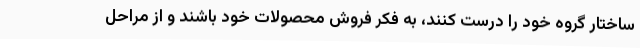
ساختار گروه خود را درست کنند، به فکر فروش محصولات خود باشند و از مراحل